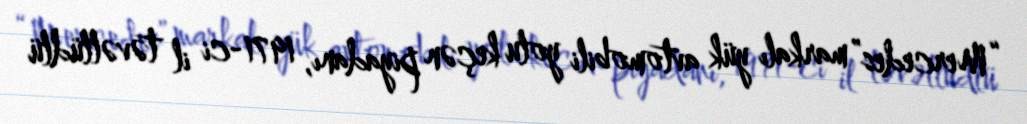
“Mercedes” markalı yük avtomobili yolu keçən piyadanı, 1971-ci il təvəllüdlü